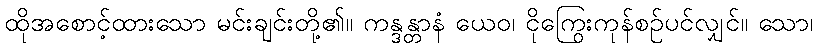
ထိုအစောင့်ထားသော မင်းချင်းတို့၏။ ကန္ဒန္တာနံ ယေဝ၊ ငိုကြွေးကုန်စဉ်ပင်လျှင်။ သော၊